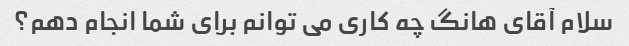
سلام آقای هانگ چه کاری می توانم برای شما انجام دهم؟